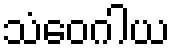
သံဝေဂါယ